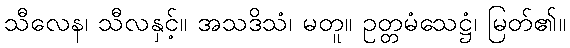
သီလေန၊ သီလနှင့်။ အသဒိသံ၊ မတူ။ ဥတ္တမံသေဋ္ဌံ၊ မြတ်၏။